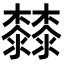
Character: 𣠬